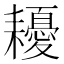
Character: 耰